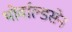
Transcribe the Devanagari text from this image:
थोर्वाल्डसेन